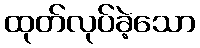
ထုတ်လုပ်ခဲ့သော